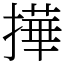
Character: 撶